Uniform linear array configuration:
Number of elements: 12
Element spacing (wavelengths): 0.5
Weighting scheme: blackman
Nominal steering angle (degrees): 45
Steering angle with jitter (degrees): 43.216
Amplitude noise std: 0.05
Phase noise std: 0.05

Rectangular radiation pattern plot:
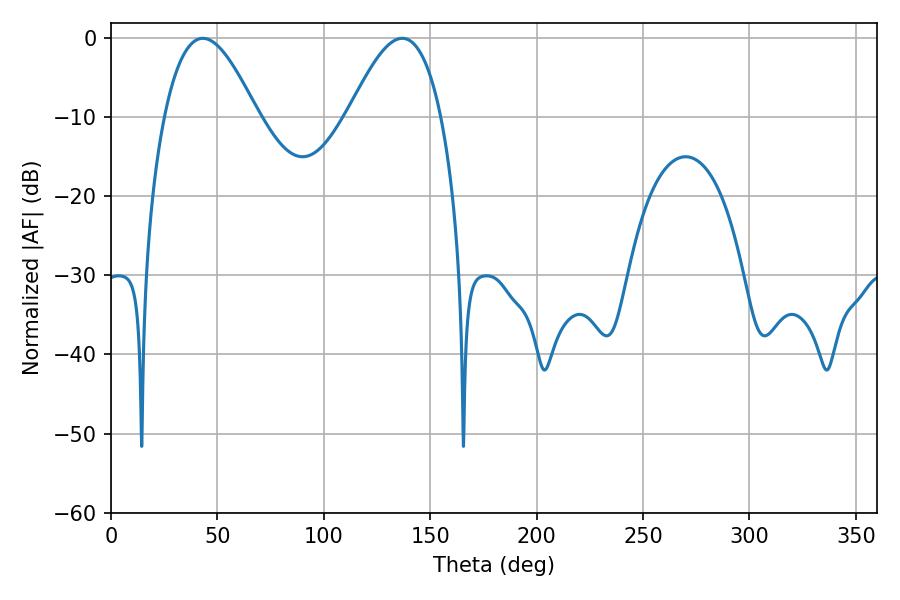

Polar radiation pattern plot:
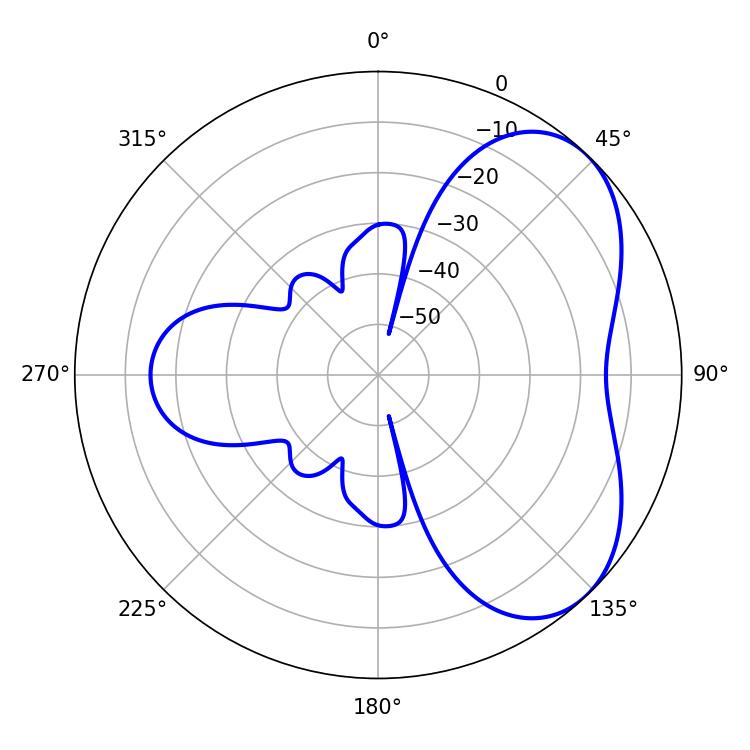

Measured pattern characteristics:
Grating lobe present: FALSE
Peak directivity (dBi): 4.967
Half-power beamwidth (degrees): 23.58
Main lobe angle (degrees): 43.2